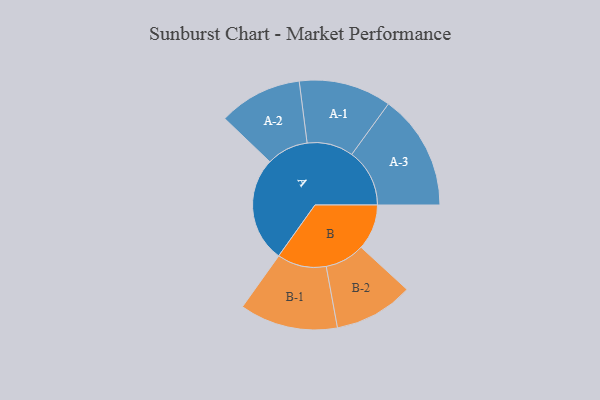
{"axis": {"x": "Segment", "y": "Value"}, "legend": ["", "A", "B"], "data": [{"x": "A", "y": 411, "type": ""}, {"x": "B", "y": 178, "type": ""}, {"x": "A-1", "y": 181, "type": "A"}, {"x": "A-2", "y": 163, "type": "A"}, {"x": "A-3", "y": 226, "type": "A"}, {"x": "B-1", "y": 192, "type": "B"}, {"x": "B-2", "y": 155, "type": "B"}]}